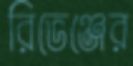
রিভেঞ্জের